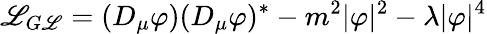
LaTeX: {\cal\mathscr{L}}_{G\mathscr{L}}=(D_{\mu}\varphi)(D_{\mu}\varphi)^{\ast}-m^{2}|\varphi|^{2}-\lambda|\varphi|^{4}